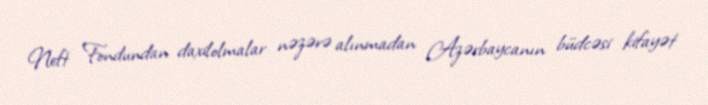
Neft Fondundan daxilolmalar nəzərə alınmadan Azərbaycanın büdcəsi kifayət